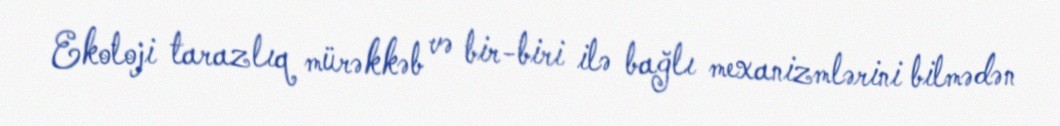
Ekoloji tarazlıq mürəkkəb və bir-biri ilə bağlı mexanizmlərini bilmədən